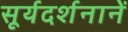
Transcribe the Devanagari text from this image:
सूर्यदर्शनानें